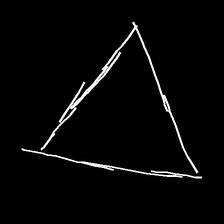
Glyph: convergence